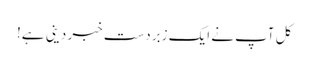
کل آپ نے ایک زبردست خبر دینی ہے!